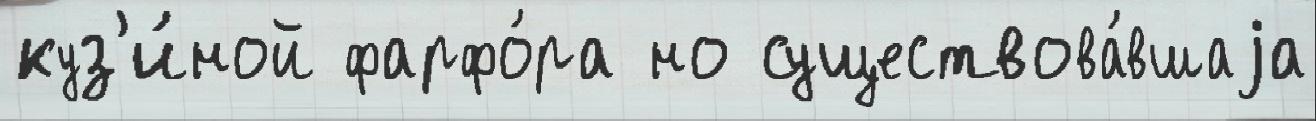
куз'и́ной фарфо́ра но существова́вшаjа